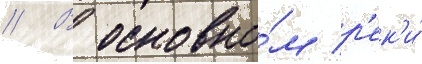
// В основно́м р'ек'и́